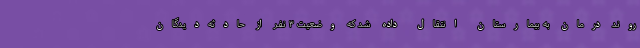
روند درمان به بیمارستان انتقال داده شد که وضعیت ۳ نفر از حادثه‌دیدگان